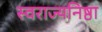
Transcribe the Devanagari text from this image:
स्वराज्यनिष्ठा